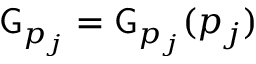
\mathsf { G } _ { p _ { j } } = \mathsf { G } _ { p _ { j } } ( p _ { j } )